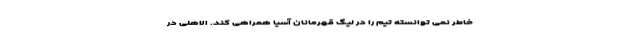
خاطر نمی توانسته تیم را در لیگ قهرمانان آسیا همراهی کند. الاهلی در